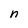
Character: n